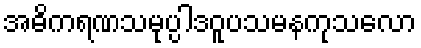
အဓိကရဏသမုပ္ပါဒဝူပသမနကုသလော